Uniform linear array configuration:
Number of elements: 8
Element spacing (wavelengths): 0.25
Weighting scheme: cosine
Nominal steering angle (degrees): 15
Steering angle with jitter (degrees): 15.799
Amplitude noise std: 0.05
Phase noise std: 0.05

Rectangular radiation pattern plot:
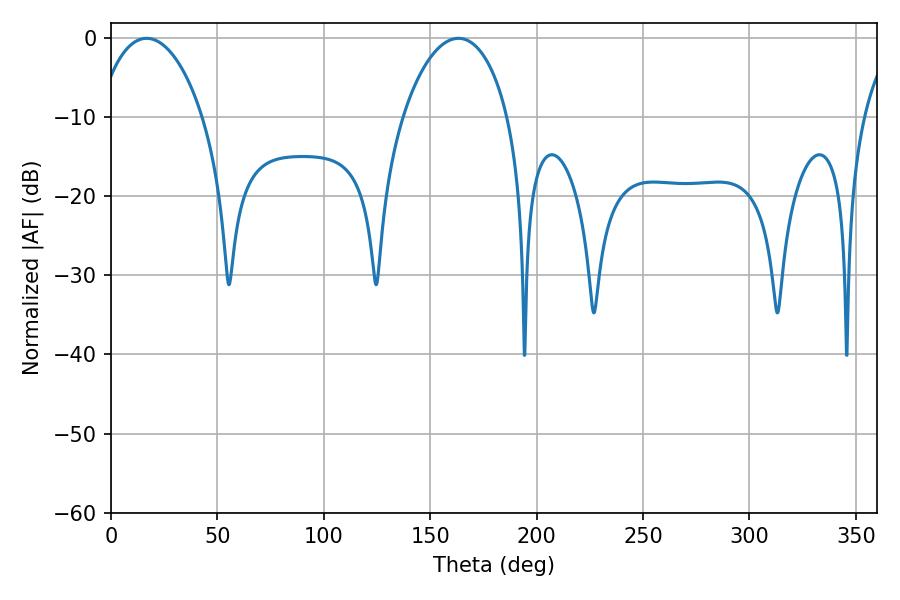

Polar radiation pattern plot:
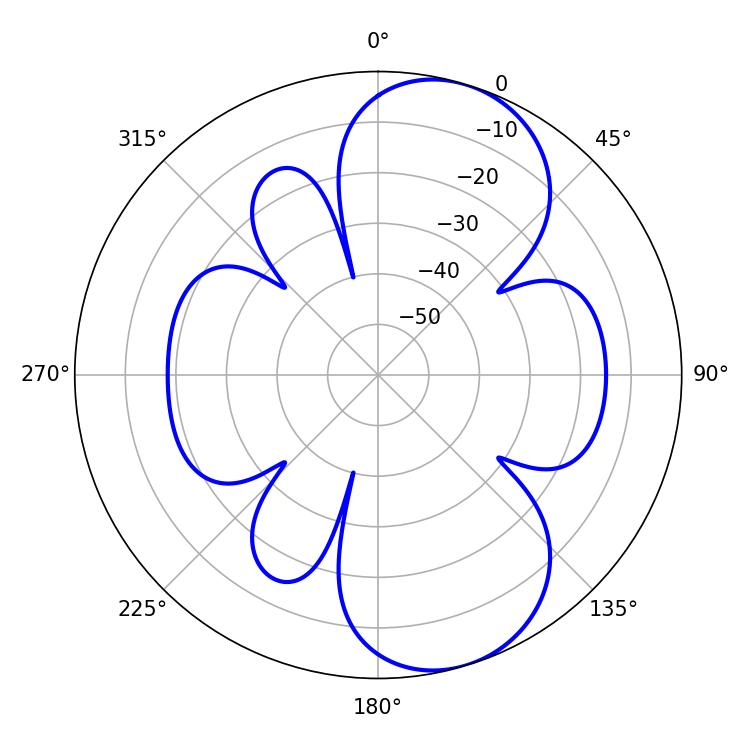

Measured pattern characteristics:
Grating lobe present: FALSE
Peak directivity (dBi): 8.151
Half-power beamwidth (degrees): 28.08
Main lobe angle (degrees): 163.26